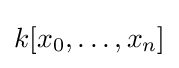
k[x_{0},\ldots ,x_{n}]